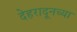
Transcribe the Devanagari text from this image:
देहरादूनच्या